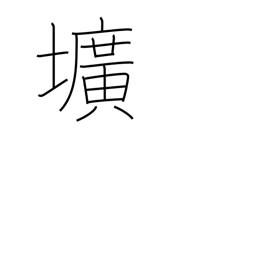
Meaning: hole